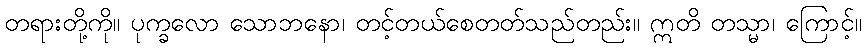
တရားတို့ကို။ ပုက္ခလော သောဘနော၊ တင့်တယ်စေတတ်သည်တည်း။ ဣတိ တသ္မာ၊ ကြောင့်။